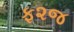
ફ૨જ